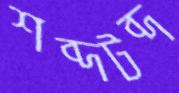
শব্দটব্দ